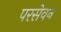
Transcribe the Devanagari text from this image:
परसेवन